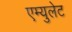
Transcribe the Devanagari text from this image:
एम्युलेट